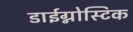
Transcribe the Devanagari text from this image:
डाईग्नोस्टिक